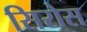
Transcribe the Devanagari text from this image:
सिरोस